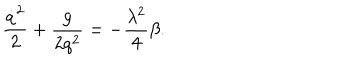
\frac { \dot { q } ^ { 2 } } { 2 } + \frac { g } { 2 q ^ { 2 } } = - \frac { \lambda ^ { 2 } } { 4 } \beta .